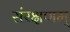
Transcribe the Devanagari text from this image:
संरक्षणम्‌